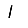
Digit: 1